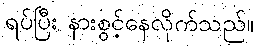
ရပ်ပြီး နားစွင့်နေလိုက်သည်။